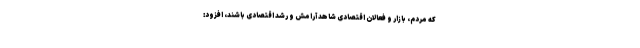
که مردم، بازار و فعالان اقتصادی شاهد آرامش و رشد اقتصادی باشند، افزود: